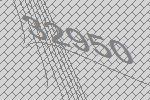
32950